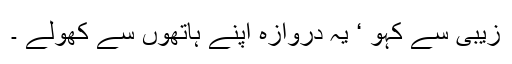
زیبی سے کہو ‘ یہ دروازہ اپنے ہاتھوں سے کھولے ۔